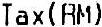
TAX(RM)